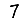
Digit: 7